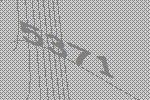
5371